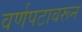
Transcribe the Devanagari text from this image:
वर्णपटावरून